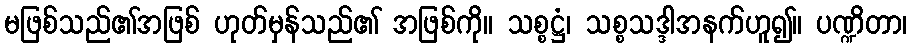
မဖြစ်သည်၏အဖြစ် ဟုတ်မှန်သည်၏ အဖြစ်ကို။ သစ္စဋ္ဌံ၊ သစ္စသဒ္ဒါအနက်ဟူ၍။ ပဏ္ဍိတာ၊